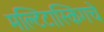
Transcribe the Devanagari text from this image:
मल्टिटास्किंगचे